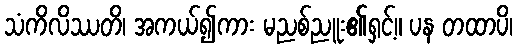
သံကိလိဿတိ၊ အကယ်၍ကား မညစ်ညူး၏ရှင့်။ ပန တထာပိ၊